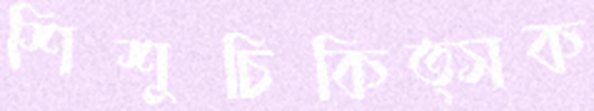
শিশুচিকিত্সক